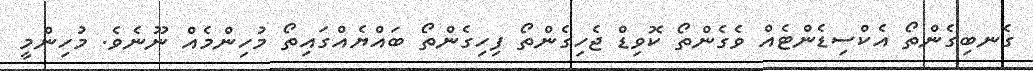
ގެނބިގެންތޯ އެކްސިޑެންޓެއް ވެގެންތޯ ކޮވިޑް ޖެހިގެންތޯ ފިހިގެންތޯ ބައްޔެއްގައިތޯ މުހިންމެއް ނޫނެވެ. މުހިންމީ